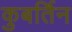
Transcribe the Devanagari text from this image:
कुबर्तिन